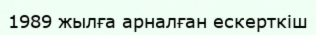
1989 жылға арналған ескерткіш